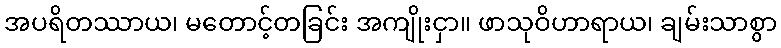
အပရိတဿာယ၊ မတောင့်တခြင်း အကျိုးငှာ။ ဖာသုဝိဟာရာယ၊ ချမ်းသာစွာ